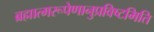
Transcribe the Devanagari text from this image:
ब्रह्मात्मरूपेणानुप्रविष्टमिति